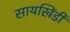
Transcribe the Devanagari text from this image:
सायखिंडी